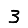
Digit: 3